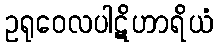
ဥရုဝေလပါဋိဟာရိယံ